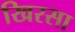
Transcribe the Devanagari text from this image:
खिरसा